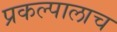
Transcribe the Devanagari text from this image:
प्रकल्पालाच